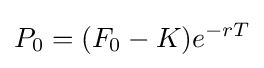
P_{0}=(F_{0}-K)e^{-rT}